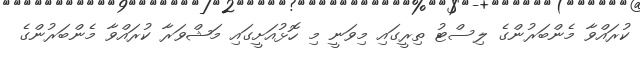
ކުރައްވާ މެންބަރުންގެ ލިސްޓު ތިރީގައި މިވަނީ މި ހޮޅުއަށީގައި މަޝްވަރާ ކުރައްވާ މެންބަރުންގެ